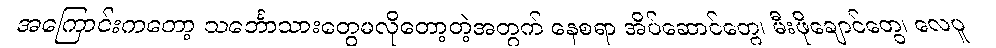
အကြောင်းကတော့ သင်္ဘောသားတွေမလိုတော့တဲ့အတွက် နေစရာ အိပ်ဆောင်တွေ၊ မီးဖိုချောင်တွေ၊ လေပူ